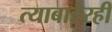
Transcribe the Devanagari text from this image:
त्याबाहेरही